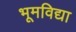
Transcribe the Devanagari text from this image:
भूमविद्या